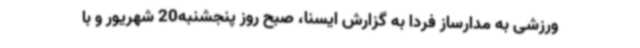
ورزشی به مدارساز فردا به گزارش ایسنا، صبح روز پنجشنبه20 شهریور و با